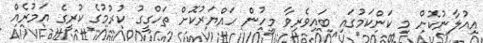
އިއުލާނުކޮށް މި ކަންކަމުގައި ބައިވެރިވާ މީހުން ހައްޔަރުކޮށް ތަހްގީގު ކުރުމުގެ ކުރީގެ އަމުރެއް